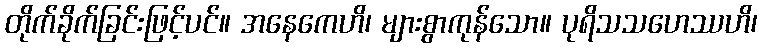
တိုက်ခိုက်ခြင်းဖြင့်ပင်။ အနေကေဟိ၊ များစွာကုန်သော။ ပုရိသသဟေဿဟိ၊